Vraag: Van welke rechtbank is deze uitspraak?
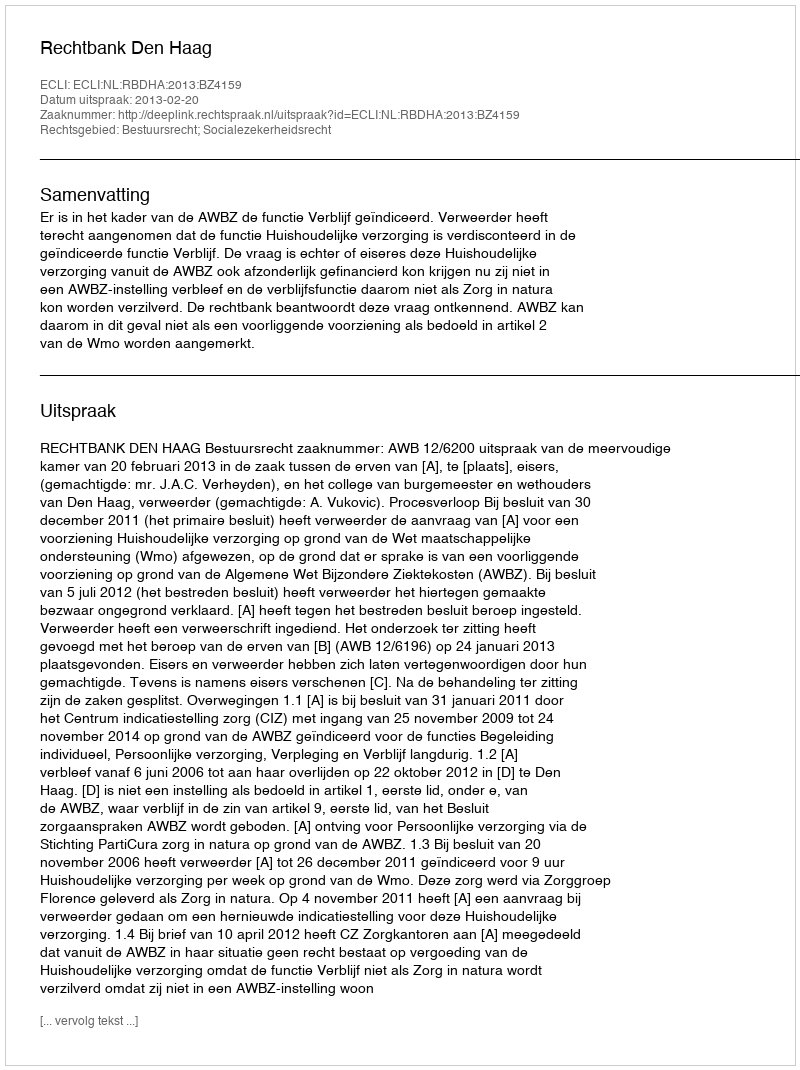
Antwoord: Rechtbank Den Haag